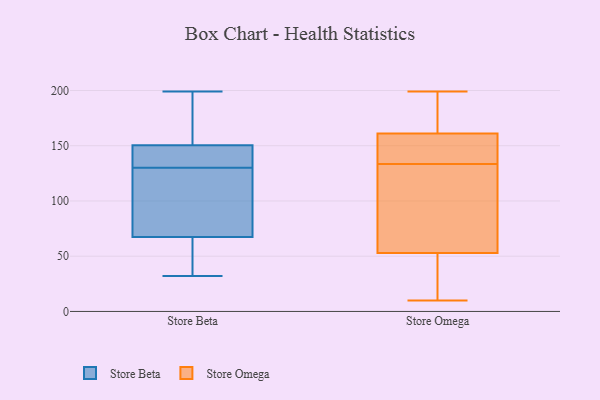
{"axis": {"x": "Waste Production (Tons)", "y": "Value"}, "legend": ["Store Beta", "Store Omega"], "data": [{"x": "", "y": 32, "type": "Store Beta"}, {"x": "", "y": 151, "type": "Store Beta"}, {"x": "", "y": 135, "type": "Store Beta"}, {"x": "", "y": 67, "type": "Store Beta"}, {"x": "", "y": 125, "type": "Store Beta"}, {"x": "", "y": 166, "type": "Store Beta"}, {"x": "", "y": 50, "type": "Store Beta"}, {"x": "", "y": 144, "type": "Store Beta"}, {"x": "", "y": 68, "type": "Store Beta"}, {"x": "", "y": 199, "type": "Store Beta"}, {"x": "", "y": 122, "type": "Store Beta"}, {"x": "", "y": 150, "type": "Store Beta"}, {"x": "", "y": 133, "type": "Store Omega"}, {"x": "", "y": 198, "type": "Store Omega"}, {"x": "", "y": 157, "type": "Store Omega"}, {"x": "", "y": 146, "type": "Store Omega"}, {"x": "", "y": 189, "type": "Store Omega"}, {"x": "", "y": 90, "type": "Store Omega"}, {"x": "", "y": 190, "type": "Store Omega"}, {"x": "", "y": 27, "type": "Store Omega"}, {"x": "", "y": 159, "type": "Store Omega"}, {"x": "", "y": 10, "type": "Store Omega"}, {"x": "", "y": 163, "type": "Store Omega"}, {"x": "", "y": 134, "type": "Store Omega"}, {"x": "", "y": 15, "type": "Store Omega"}, {"x": "", "y": 51, "type": "Store Omega"}, {"x": "", "y": 24, "type": "Store Omega"}, {"x": "", "y": 159, "type": "Store Omega"}, {"x": "", "y": 95, "type": "Store Omega"}, {"x": "", "y": 199, "type": "Store Omega"}, {"x": "", "y": 111, "type": "Store Omega"}, {"x": "", "y": 55, "type": "Store Omega"}]}